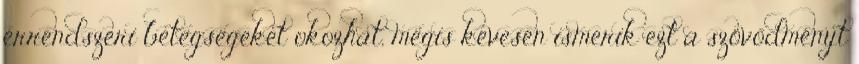
érrendszeri betegségeket okozhat, mégis kevesen ismerik ezt a szövődményt